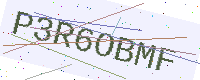
Text: P3R6OBMF